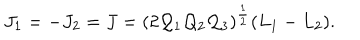
J _ { 1 } = - J _ { 2 } = J = ( 2 { \cal Q } _ { 1 } { \cal Q } _ { 2 } { \cal Q } _ { 3 } ) ^ { \frac { 1 } { 2 } } ( L _ { 1 } - L _ { 2 } ) .